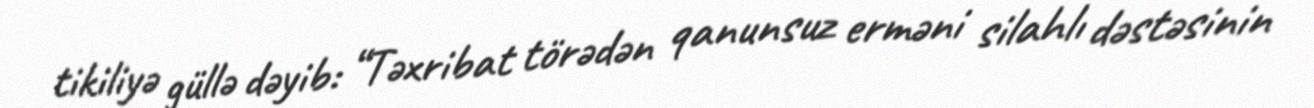
tikiliyə güllə dəyib: “Təxribat törədən qanunsuz erməni silahlı dəstəsinin